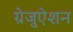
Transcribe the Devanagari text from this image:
ग्रेजुऐशन